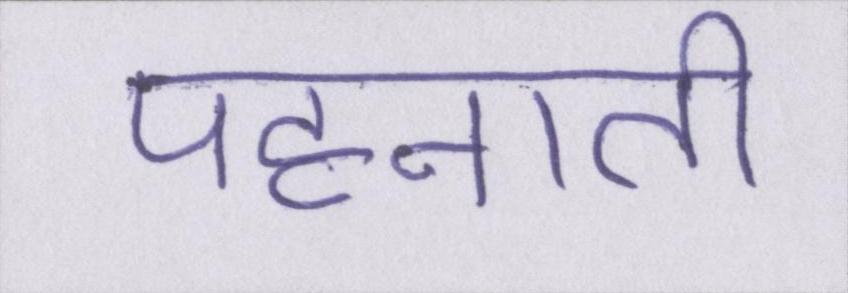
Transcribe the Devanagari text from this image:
पहनाती